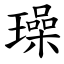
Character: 璪